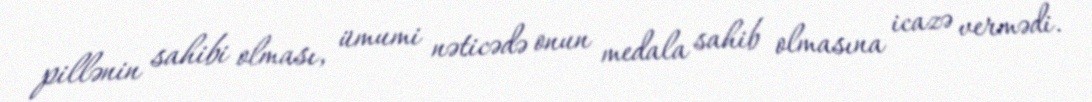
pillənin sahibi olması, ümumi nəticədə onun medala sahib olmasına icazə vermədi.